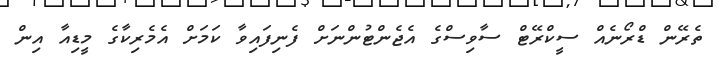
ތެރޭން ޑްރޯނެއް ސީކްރޭޓް ސާވިސްގެ އެޖެންޓުންނަށް ފެނިފައިވާ ކަމަށް އެމެރިކާގެ މީޑިއާ އިން